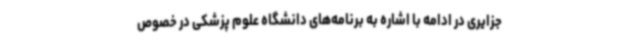
جزایری در ادامه با اشاره به برنامه‌های دانشگاه علوم پزشکی در خصوص